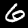
Digit: 6